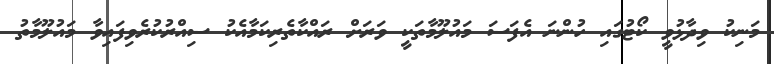
މަނިކު ވިދާޅުވީ ކޯޓުގައި ހުންނަ އެފަސަ މައުލޫމާތަކީ ވަރަށް ރައްކާތެރިކަމާއެކު ސިއްރުކުރެވިފައިވާ މައުލޫމާތު